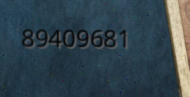
89409681